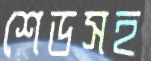
শেডসহ